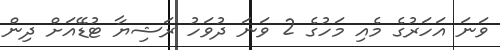
ވަނަ އަހަރުގެ މެއި މަހުގެ 2 ވަނަ ދުވަހު ރަޝިޔާ ޓުޑޭއަށް ދިން